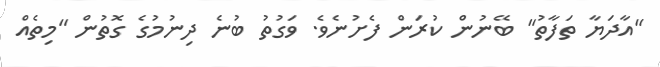
"އާދަޔާ ތަފާތު" ބޭނުން ކުރަން ފެށުނެވެ. ވަގުތު ބުނެ ދިނުމުގެ ގޮތުން "މިތެއް